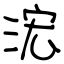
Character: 浤